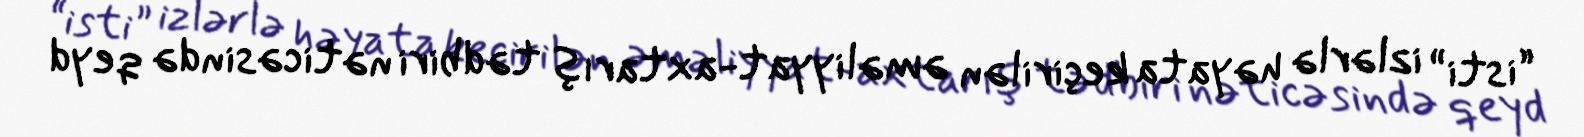
“isti” izlərlə həyata keçirilən əməliyyat-axtarış tədbiri nəticəsində qeyd